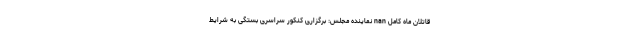
قاتلان ماه کامل nan نماینده مجلس: برگزاری کنکور سراسری بستگی به شرایط